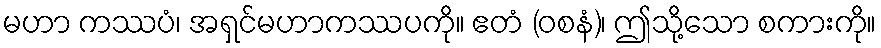
မဟာ ကဿပံ၊ အရှင်မဟာကဿပကို။ ဧတံ (ဝစနံ)၊ ဤသို့သော စကားကို။